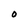
Character: O